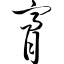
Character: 膏